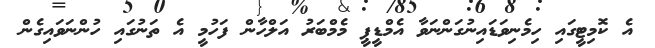
އެ ކޮމިޓީގައި ހިމެނިވަޑައިނުގަންނަވާ އެމްޑީޕީ މެމްބަރު އަލްހާން ފަހުމީ އެ ތަނުގައި ހުންނަވައިގެން